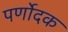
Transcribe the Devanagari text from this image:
पर्णोदक